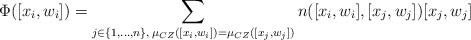
LaTeX: \begin{align*} \Phi([x_i, w_i]) = \sum_{j \in\{1, ..., n\}, \, \mu_{CZ}([x_i,w_i]) = \mu_{CZ}([x_j,w_j])} n([x_i, w_i], [x_j, w_j]) [x_j, w_j] \end{align*}